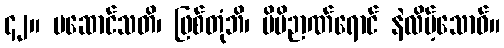
၄၂။ မဆောင်သတိ၊ ဖြစ်တုံဘိ၊ မိမိဉာဏ်ရောင် နဲလိမ့်သောဝ်။